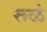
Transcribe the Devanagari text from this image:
रूळं